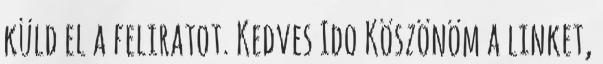
küld el a feliratot. Kedves Ido Köszönöm a linket,